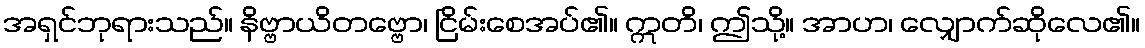
အရှင်ဘုရားသည်။ နိဗ္ဗာယိတဗ္ဗော၊ ငြိမ်းစေအပ်၏။ ဣတိ၊ ဤသို့။ အာဟ၊ လျှောက်ဆိုလေ၏။